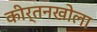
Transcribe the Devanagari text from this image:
कीर्तनखोला